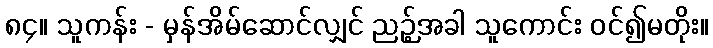
၈၄။ သူကန်း - မှန်အိမ်ဆောင်လျှင် ညဉ့်အခါ သူကောင်း ဝင်၍မတိုး။